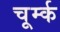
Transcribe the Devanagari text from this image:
चूर्म्क